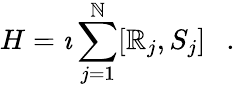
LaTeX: H=\imath\sum_{j=1}^{\mathbb{N}}[\mathbb{R}_{j},S_{j}]~~~.